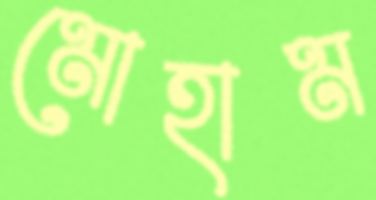
মোহাম